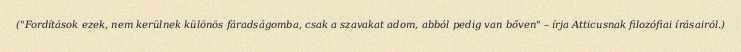
("Fordítások ezek, nem kerülnek különös fáradságomba, csak a szavakat adom, abból pedig van bőven" – írja Atticusnak filozófiai írásairól.)